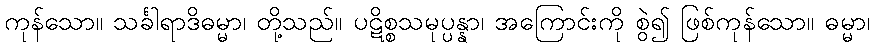
ကုန်သော။ သင်္ခါရာဒိဓမ္မာ၊ တို့သည်။ ပဋိစ္စသမုပ္ပန္နာ၊ အကြောင်းကို စွဲ၍ ဖြစ်ကုန်သော။ ဓမ္မာ၊